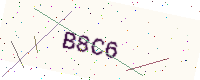
Text: B8C6